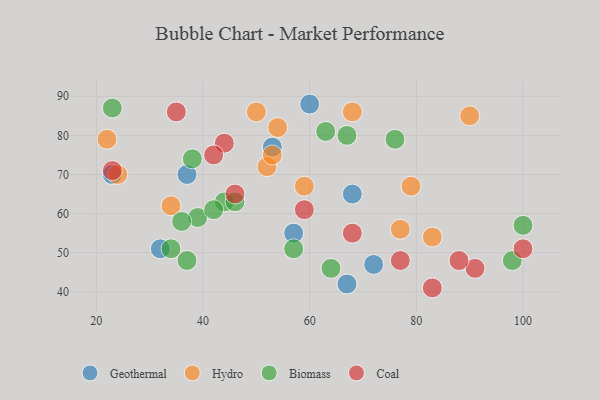
{"axis": {"x": "GDP", "y": "Life Expectancy"}, "legend": ["Biomass", "Coal", "Geothermal", "Hydro"], "data": [{"x": "68", "y": 65, "type": "Geothermal"}, {"x": "72", "y": 47, "type": "Geothermal"}, {"x": "23", "y": 70, "type": "Geothermal"}, {"x": "37", "y": 70, "type": "Geothermal"}, {"x": "67", "y": 42, "type": "Geothermal"}, {"x": "32", "y": 51, "type": "Geothermal"}, {"x": "53", "y": 77, "type": "Geothermal"}, {"x": "60", "y": 88, "type": "Geothermal"}, {"x": "57", "y": 55, "type": "Geothermal"}, {"x": "52", "y": 72, "type": "Hydro"}, {"x": "77", "y": 56, "type": "Hydro"}, {"x": "24", "y": 70, "type": "Hydro"}, {"x": "79", "y": 67, "type": "Hydro"}, {"x": "50", "y": 86, "type": "Hydro"}, {"x": "83", "y": 54, "type": "Hydro"}, {"x": "53", "y": 75, "type": "Hydro"}, {"x": "22", "y": 79, "type": "Hydro"}, {"x": "68", "y": 86, "type": "Hydro"}, {"x": "59", "y": 67, "type": "Hydro"}, {"x": "34", "y": 62, "type": "Hydro"}, {"x": "90", "y": 85, "type": "Hydro"}, {"x": "54", "y": 82, "type": "Hydro"}, {"x": "38", "y": 74, "type": "Biomass"}, {"x": "39", "y": 59, "type": "Biomass"}, {"x": "44", "y": 63, "type": "Biomass"}, {"x": "100", "y": 57, "type": "Biomass"}, {"x": "42", "y": 61, "type": "Biomass"}, {"x": "67", "y": 80, "type": "Biomass"}, {"x": "46", "y": 63, "type": "Biomass"}, {"x": "57", "y": 51, "type": "Biomass"}, {"x": "23", "y": 87, "type": "Biomass"}, {"x": "34", "y": 51, "type": "Biomass"}, {"x": "37", "y": 48, "type": "Biomass"}, {"x": "63", "y": 81, "type": "Biomass"}, {"x": "64", "y": 46, "type": "Biomass"}, {"x": "98", "y": 48, "type": "Biomass"}, {"x": "76", "y": 79, "type": "Biomass"}, {"x": "36", "y": 58, "type": "Biomass"}, {"x": "44", "y": 78, "type": "Coal"}, {"x": "42", "y": 75, "type": "Coal"}, {"x": "35", "y": 86, "type": "Coal"}, {"x": "77", "y": 48, "type": "Coal"}, {"x": "91", "y": 46, "type": "Coal"}, {"x": "68", "y": 55, "type": "Coal"}, {"x": "88", "y": 48, "type": "Coal"}, {"x": "23", "y": 71, "type": "Coal"}, {"x": "46", "y": 65, "type": "Coal"}, {"x": "100", "y": 51, "type": "Coal"}, {"x": "83", "y": 41, "type": "Coal"}, {"x": "59", "y": 61, "type": "Coal"}]}